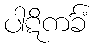
ပါဋိကင်္ခံ